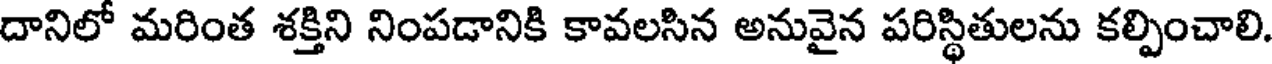
దానిలో మరింత శక్తిని నింపడానికి కావలసిన అనువైన పరిస్థితులను కల్పించాలి.